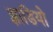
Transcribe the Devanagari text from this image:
झाडियो